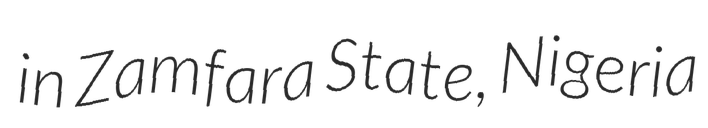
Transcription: in Zamfara State, Nigeria